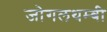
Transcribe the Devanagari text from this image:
जोगलथम्बी